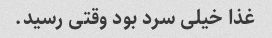
غذا خیلی سرد‌ بود وقتی رسید.